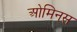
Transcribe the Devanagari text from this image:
ओमिनस